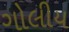
ગોલીય